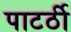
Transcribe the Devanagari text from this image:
पाटर्ठी